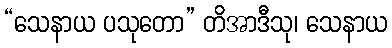
“သေနာယ ပသုတော” တိအာဒီသု၊ သေနာယ